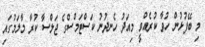
މި ބޭފުޅުން ހުވާ ކުރެއްވީ މިއަދު ހެނދުނު ކަސްޓަމްސްގެ ޖަލްސާ ކުރާ މާލަމުގައި